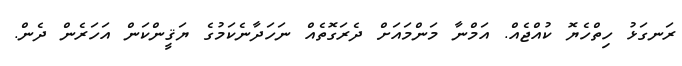
ރަނގަޅު ހިތްހެޔޮ ކުއްޖެއް. އަމްނާ މަންމައަށް ދެރަގޮތެއް ނަހަދާނެކަމުގެ ޔަޤީންކަން އަހަރެން ދެން.